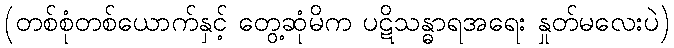
(တစ်စုံတစ်ယောက်နှင့် တွေ့ဆုံမိက ပဋိသန္ဓာရအရေး နှုတ်မလေးပဲ)